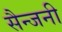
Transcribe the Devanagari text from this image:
सैन्जनी